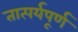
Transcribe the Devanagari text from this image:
तात्पर्यपूर्ण